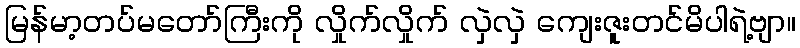
မြန်မာ့တပ်မတော်ကြီးကို လှိုက်လှိုက် လှဲလှဲ ကျေးဇူးတင်မိပါရဲ့ဗျာ။